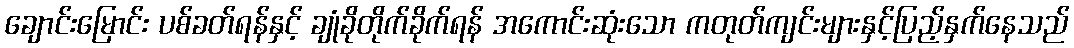
ချောင်းမြောင်း ပစ်ခတ်ရန်နှင့် ချုံခိုတိုက်ခိုက်ရန် အကောင်းဆုံးသော ကတုတ်ကျင်းများနှင့်ပြည့်နှက်နေသည်